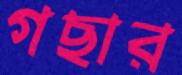
গছার